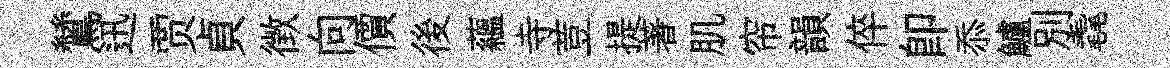
鷥迅贾貞徴向價後藴寺荳提著肌帘韻倅卽忝鱸別毳